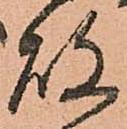
故